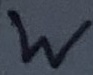
Text: W